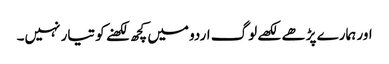
اور ہمارے پڑھے لکھے لوگ اردو میں کچھ لکھنے کو تیار نہیں۔